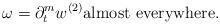
LaTeX: \begin{align*}\omega = \partial_t^m w^{(2)} \mbox{almost everywhere.}\end{align*}